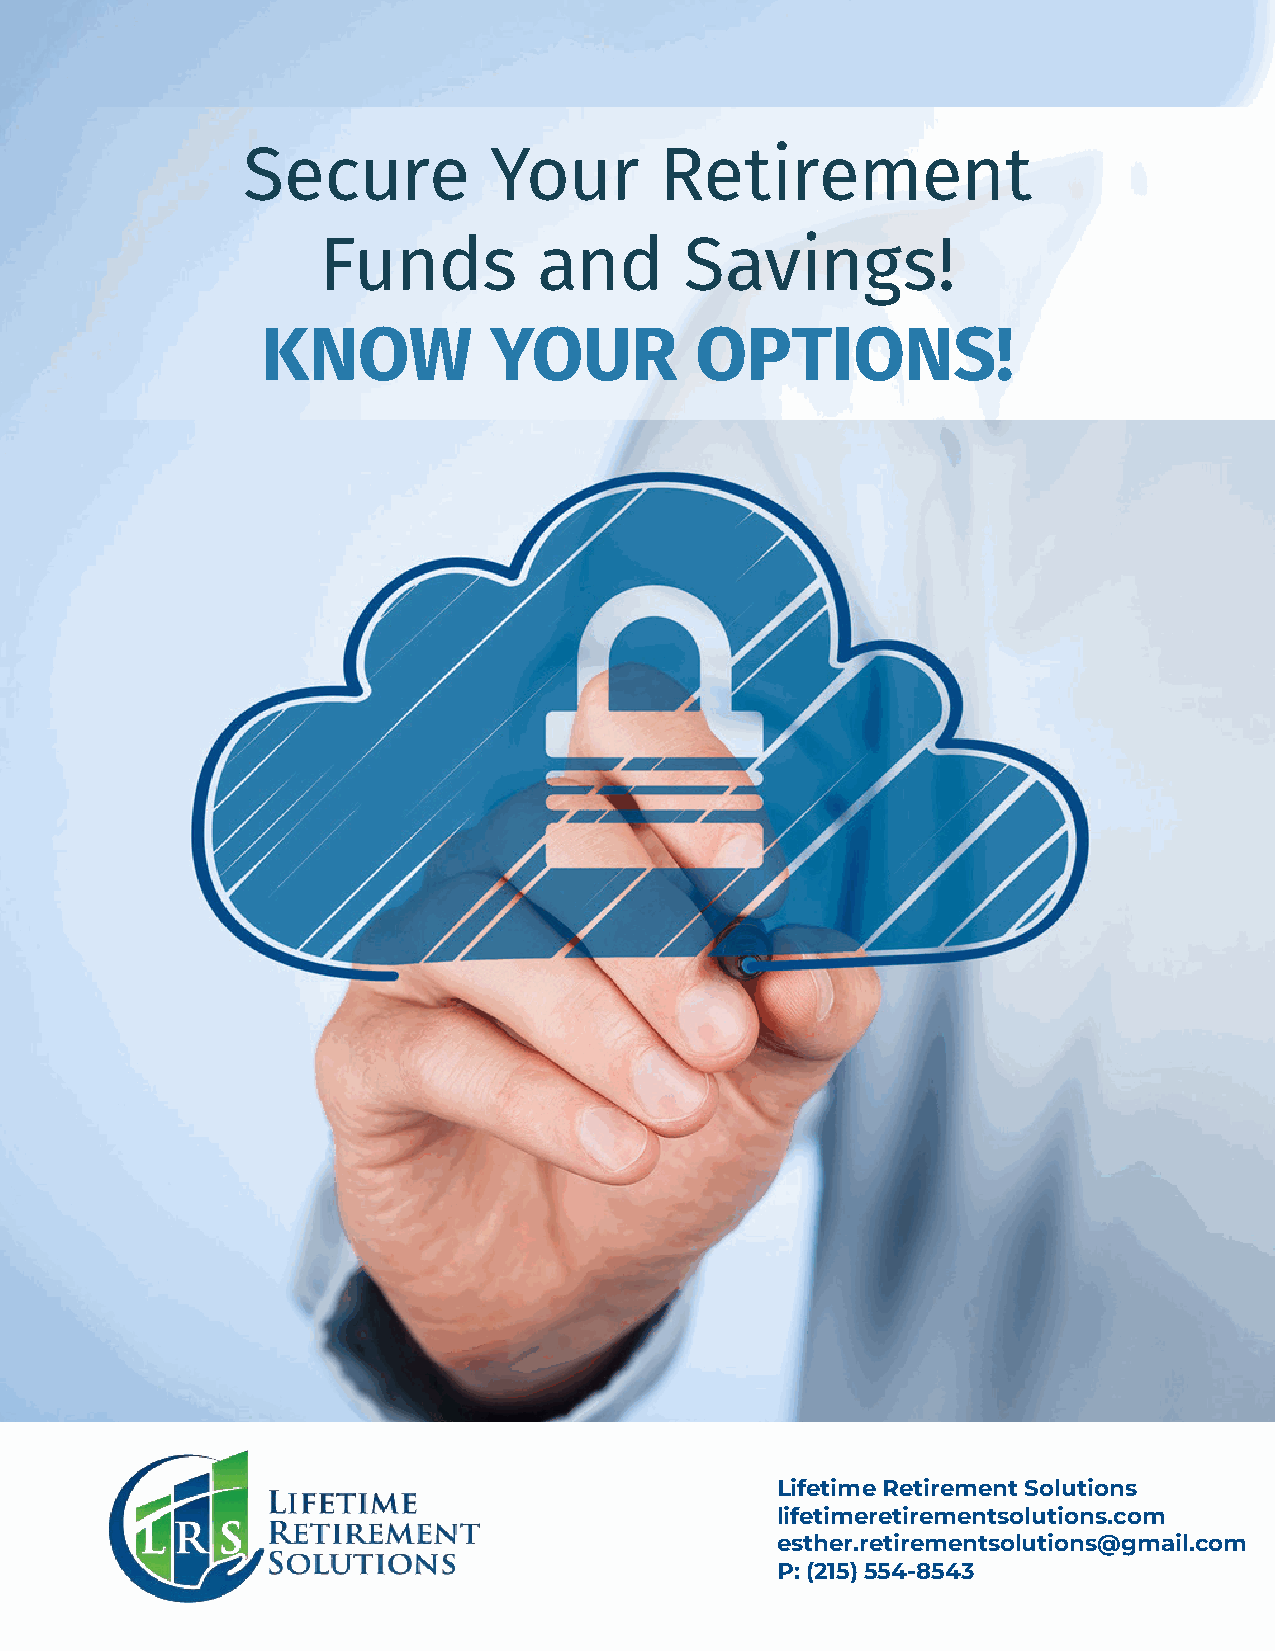
Secure          Your        Retirement
 Funds          and      Savings!
 KNOW           YOUR          OPTIONS!
 Lifetime Retirement Solutions
 lifetimeretirementsolutions.com
 esther.retirementsolutions@gmail.com
 P: (215) 554-8543